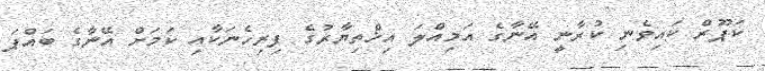
ކަޕޫރް ކައިވެނި ކުރާނީ އޭނާގެ އަމިއްލަ އިޚްތިޔާރުގެ ފިރިހެނަކާއި ކަމަށް އޭނާގެ ބައްޕަ